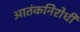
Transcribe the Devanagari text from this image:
आतंकनिरोधी